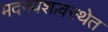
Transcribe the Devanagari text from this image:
मदनवशावस्थेत